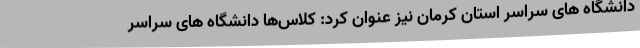
دانشگاه های سراسر استان کرمان نیز عنوان کرد: کلاس‌ها دانشگاه های سراسر